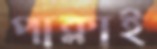
পাক্‌লাই